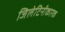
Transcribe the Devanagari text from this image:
जिलेटिनीकारक